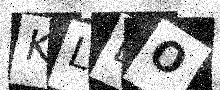
Text: KLLO